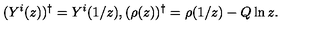
( Y ^ { i } ( z ) ) ^ { \dag } = Y ^ { i } ( 1 / z ) , ( \rho ( z ) ) ^ { \dag } = \rho ( 1 / z ) - Q \ln z .